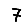
Digit: 7